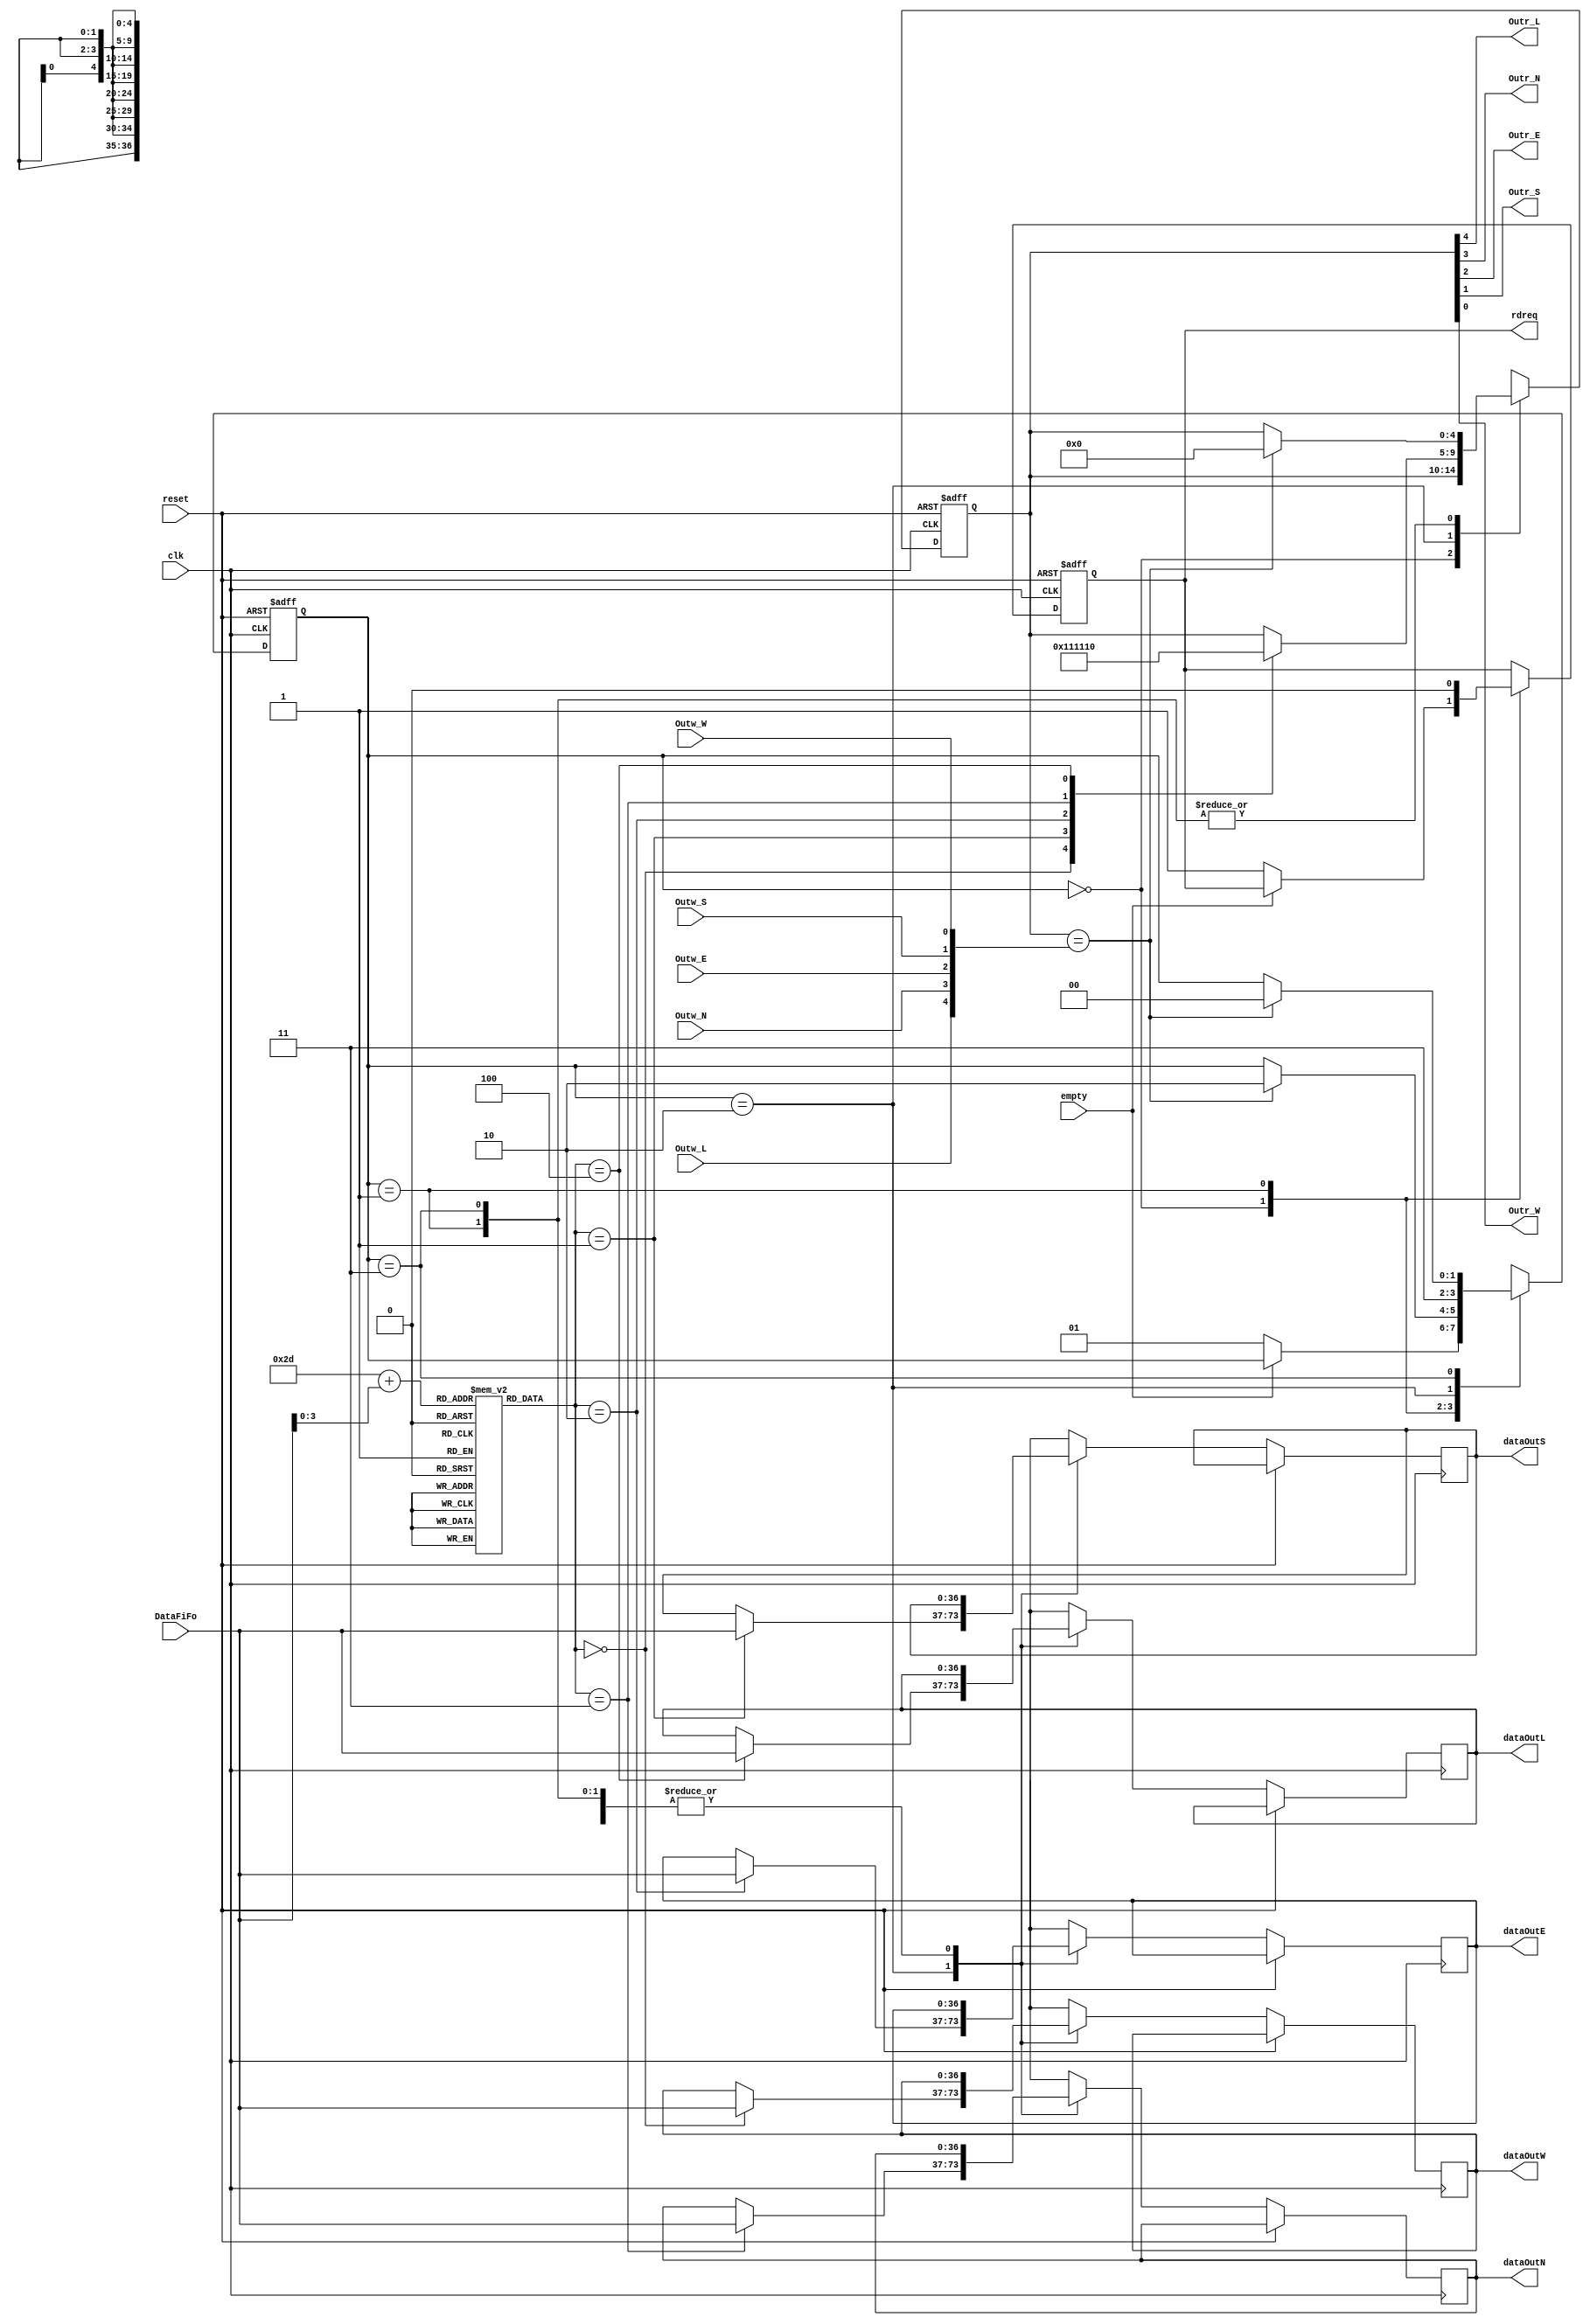
module OutPort 
   #(
        parameter DATA_WIDTH = 37, 
        parameter POSITION = 4'b0101 //ctntr X: 01 Y: 01
   )
(
dataOutE, 
dataOutW,
dataOutS,
dataOutN,
dataOutL,
Outr_L,Outr_N,Outr_E,Outr_S,Outr_W,
Outw_L,Outw_N,Outw_E,Outw_S,Outw_W,
DataFiFo,
rdreq,
clk,
empty,
reset
);

output [DATA_WIDTH-1:0]  dataOutE, dataOutW, dataOutS, dataOutN, dataOutL;
input empty;
input reset;
input clk;
output Outr_L,Outr_N,Outr_E,Outr_S,Outr_W;
input Outw_L,Outw_N,Outw_E,Outw_S,Outw_W;
input [DATA_WIDTH-1:0] DataFiFo;
output rdreq;
reg rdreq;
reg [DATA_WIDTH-1:0]  dataOutE, dataOutW, dataOutS, dataOutN, dataOutL;
reg [1:0] step;	/////////!!!!! can be 1 bit!!!
//reg [2:0] port;
reg [4:0] Outr;
wire [4:0] Outw;

reg [2:0] routes[8:0][8:0];
initial
begin
  routes[0][0]=4;   routes[0][1]=0;   routes[0][2]=0;   routes[0][3]=0;   routes[0][4]=1;   routes[0][5]=1;   routes[0][6]=1;   routes[0][7]=1; 
  routes[1][0]=0;   routes[1][1]=4;   routes[1][2]=1;   routes[1][3]=2;   routes[1][4]=1;   routes[1][5]=2;   routes[1][6]=2;   routes[1][7]=0; 
  routes[2][0]=0;   routes[2][1]=0;   routes[2][2]=4;   routes[2][3]=1;   routes[2][4]=2;   routes[2][5]=1;   routes[2][6]=1;   routes[2][7]=2; 
  routes[3][0]=0;   routes[3][1]=0;   routes[3][2]=1;   routes[3][3]=4;   routes[3][4]=1;   routes[3][5]=2;   routes[3][6]=3;   routes[3][7]=2; 
  routes[4][0]=1;   routes[4][1]=0;   routes[4][2]=0;   routes[4][3]=0;   routes[4][4]=4;   routes[4][5]=1;   routes[4][6]=1;   routes[4][7]=1; 
  routes[5][0]=1;   routes[5][1]=0;   routes[5][2]=0;   routes[5][3]=0;   routes[5][4]=1;   routes[5][5]=4;   routes[5][6]=0;   routes[5][7]=1; 
  routes[6][0]=1;   routes[6][1]=0;   routes[6][2]=0;   routes[6][3]=0;   routes[6][4]=1;   routes[6][5]=0;   routes[6][6]=4;   routes[6][7]=1; 
  routes[7][0]=0;   routes[7][1]=0;   routes[7][2]=1;   routes[7][3]=3;   routes[7][4]=1;   routes[7][5]=2;   routes[7][6]=3;   routes[7][7]=4; 
end


assign Outw = {Outw_L,Outw_N,Outw_E,Outw_S,Outw_W};
assign {Outr_L,Outr_N,Outr_E,Outr_S,Outr_W} = Outr;

always @(posedge clk or posedge reset)
//always @(negedge clk or posedge reset)
begin
	if (reset == 1'b1)
        begin
			step<=0;
//			port<=0;
			rdreq<=0;
			Outr<=0;
			
		end
    else
		begin
		  ///*if (POSITION==4'b0100)*/ $display("SW %b: step %b, outr %b, outw %b time %t", POSITION, step, Outr, Outw, $time);
			case (step)
				2'b00:  if (!empty)
							begin
								rdreq<=1;
								step=2'b01;
								//$display("step1 sw %b", POSITION);
							end
							//else $display("SW empty %b", POSITION);
				2'b01: 	begin
						rdreq<=0;
						if (Outr == Outw)
							begin
								Outr<=0;
								step=2'b10;
								//$display("step2 sw %b", POSITION);
							end
						//step=2;
					end
				2'b10:  begin
				        case (routes[POSITION][DataFiFo[3:0]])
  				          0: begin Outr = 5'b00001; dataOutW=DataFiFo; end
				          1: begin Outr = 5'b00010; dataOutS=DataFiFo; end
				          2: begin Outr = 5'b00100; dataOutE=DataFiFo; end				  				        
				          3: begin Outr = 5'b01000; dataOutN=DataFiFo; end
				          4: begin Outr = 5'b10000; dataOutL=DataFiFo; end			
				        endcase	        				                
				        //$display("step3 sw %b", POSITION);
																		//XY routing//
								//if (DataFiFo [1:0] > POSITION[1:0]) begin Outr = 5'b00100; dataOutE=DataFiFo; /*$display("SW %b: Send flit %b, to E %b at %t", POSITION, DataFiFo, DataFiFo [3:0], $time);*/end //Inr ^ 4'b00100; //E
								//else if (DataFiFo [1:0] < POSITION[1:0]) begin Outr = 5'b00001; dataOutW=DataFiFo; /*$display("SW %b: Send flit %b, to W %b at %t", POSITION, DataFiFo, DataFiFo [3:0], $time);*/end //W
								//     else if (DataFiFo [3:2] < POSITION[3:2]) begin Outr = 5'b01000; dataOutN=DataFiFo; /*$display("SW %b: Send flit %b, to N %b at %t", POSITION, DataFiFo, DataFiFo [3:0], $time);*/end //N
								//          else if (DataFiFo [3:2] > POSITION[3:2]) begin Outr = 5'b00010; dataOutS=DataFiFo; /*$display("SW %b: Send flit %b, to S %b at %t", POSITION, DataFiFo, DataFiFo [3:0], $time);*/end //S
								//			   else begin Outr=5'b10000; dataOutL=DataFiFo; /*$display("SW %b: Send flit %b, to L %b at %t", POSITION, DataFiFo, DataFiFo [3:0], $time);*/end //L
								//$display("SW %b: Send flit %b, to %b at %t", POSITION, DataFiFo, DataFiFo [3:0], $time);
                $display("SW %d: Send flit at time: %t to %d", POSITION, $time, DataFiFo[3:0]);
								step=2'b11;
								end
				2'b11: if (Outr == Outw) begin Outr<=0; step=2'b00; end


			endcase
		end
end				
endmodule//*/
/*module OutPort 
   #(
        parameter DATA_WIDTH = 37, 
        parameter position = 4'b0101 //ctntr X: 01 Y: 01
   )
(
dataOutE, 
dataOutW,
dataOutS,
dataOutN,
dataOutL,
Outr_L,Outr_N,Outr_E,Outr_S,Outr_W,
Outw_L,Outw_N,Outw_E,Outw_S,Outw_W,
DataFiFo,
rdreq,
clk,
empty,
reset
);

output [DATA_WIDTH-1:0]  dataOutE, dataOutW, dataOutS, dataOutN, dataOutL;
input empty;
input reset;
input clk;
output Outr_L,Outr_N,Outr_E,Outr_S,Outr_W;
input Outw_L,Outw_N,Outw_E,Outw_S,Outw_W;
input [DATA_WIDTH-1:0] DataFiFo;
output rdreq;
reg rdreq;
reg [DATA_WIDTH-1:0]  dataOutE, dataOutW, dataOutS, dataOutN, dataOutL;
reg [1:0] step;	/////////!!!!! can be 1 bit!!!
//reg [2:0] port;
reg [4:0] Outr;
wire [4:0] Outw;

assign Outw = {Outw_L,Outw_N,Outw_E,Outw_S,Outw_W};
assign {Outr_L,Outr_N,Outr_E,Outr_S,Outr_W} = Outr;

always @(posedge clk or posedge reset)
begin
	if (reset == 1'b1)
        begin
			step<=0;
//			port<=0;
			rdreq<=0;
			Outr<=0;
			
		end
    else
		begin
			case (step)
				0:  if (!empty)
							begin
								rdreq<=1;
								step=1;
								$display("SW %b: step %b, time %t", 4'b0101, step, $time);
							end
				1: 	begin
						rdreq<=0;
						if (Outw==5'b00000)
							begin
								//Outr<=0;
								step=2;
								$display("SW %b: step %b, time %t", 4'b0101, step, $time);
							end
						//step=2;
					end
				2:  begin
				        $display("SW %b: step %b, time %t", 4'b0101, step, $time);
																		//XY routing//
								if (DataFiFo [1:0] > position[1:0]) begin Outr <= 5'b00100; dataOutE<=DataFiFo; end //Inr ^ 4'b00100; //E
								else if (DataFiFo [1:0] < position[1:0]) begin Outr <= 5'b00001; dataOutW<=DataFiFo; end //W
								     else if (DataFiFo [3:2] > position[3:2]) begin Outr <= 5'b01000; dataOutN<=DataFiFo; end //N
								          else if (DataFiFo [3:2] < position[3:2]) begin Outr <= 5'b00010; dataOutS<=DataFiFo; end //S
											   else begin Outr<=5'b10000; dataOutL<=DataFiFo; end //L
								$display("SW %b: Send flit %b, to %b at %t", 4'b0101, DataFiFo, DataFiFo [3:0], $time);
								step=3;
					end
				3:  begin
				      if (Outw==Outr) 
				      begin
				        Outr=0;
				        step=0;
				      end
				  
				    end

			endcase
		end
end				
endmodule

*/